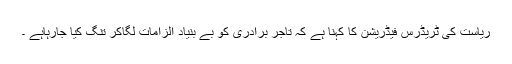
ریاست کی ٹریڈرس فیڈریشن کا کہنا ہے کہ تاجر برادری کو بے بنیاد الزامات لگاکر تنگ کیا جارہاہے ۔